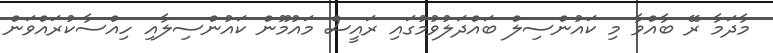
މާދަމާ ރޭ ބާއްވާ މި ކައުންސިލް ބައްދަލުވުމުގައި ރައީސް މައުމޫން ކައުންސިލާއި ހިއްސާކުރައްވަން